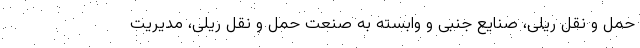
حمل و نقل ریلی، صنایع جنبی و وابسته به صنعت حمل و نقل ریلی، مدیریت